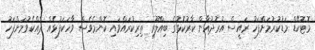
މޮޓޮކޭޑް މަޑުކުރުމަށްފަހު ރައީސް އުރުދުޣާން ކާރުކޮޅުގެ ބިއްލޫރި ތިރިކުރައްވައި ކޮންމެވެސް ވާހަކަފުޅެއް ދެއްކެވުމަށްފަހު